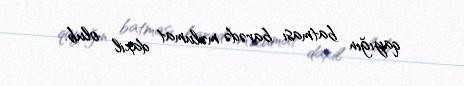
qayığın batması barədə məlumat daxil olub.